Punjab Mental Hospital Lahore 1932-46 - 1932-1946
Year: 1932
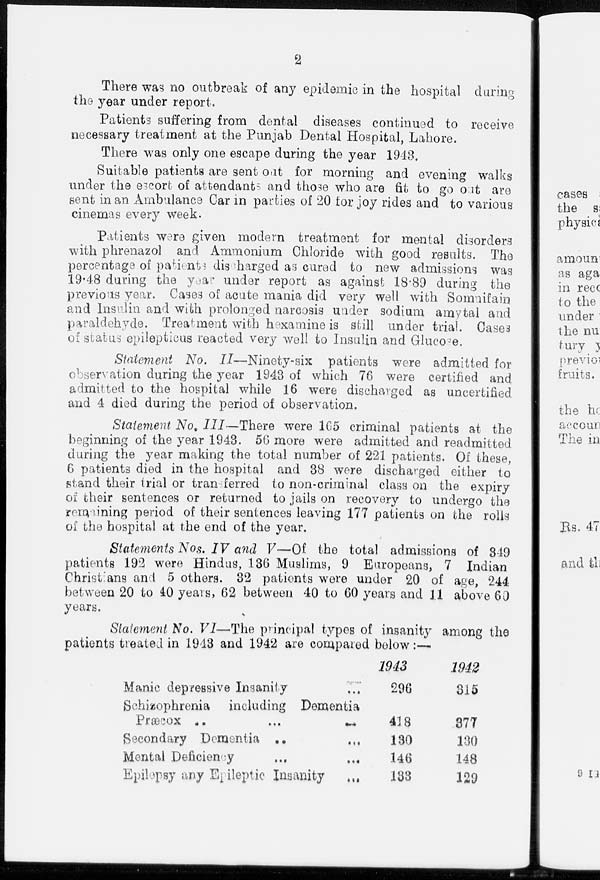
2
There was no outbreak of any epidemic in the hospital during
the year under report.
Patients suffering from dental diseases continued to receive
necessary treatment at the Punjab Dental Hospital, Lahore.
There was only one escape during the year 1943.
Suitable patients are sent out for morning and evening walks
under the escort of attendants and those who are fit to go out are
sent in an Ambulance Car in parties of 20 for joy rides and to various
cinemas every week.
Patients were given modern treatment for mental disorders
with phrenazol and Ammonium Chloride with good results. The
percentage of patients discharged as cured to new admissions was
19.48 during the year under report as against 18.89 during the
previous year. Cases of acute mania did very well with Somuifain
and Insulin and with prolonged narcosis under sodium amytal and
paraldehyde. Treatment with hexamine is still under trial. Cases
of status epilepticus reacted very well to Insulin and Glucose.
Statement No. II—Ninety-six
patients were admitted for
observation during the year 1943 of which 76 were certified and
admitted to the hospital while 16 were discharged as uncertified
and 4 died during the period of observation.
Statement No. III—There were 165 criminal patients at the
beginning of the year 1943. 56 more were admitted and readmitted
during the year making the total number of 221 patients. Of these,
6 patients died in the hospital and 38 were discharged either to
stand their trial or transferred to non-criminal class on the expiry
of their sentences or returned to jails on recovery to undergo the
remaining period of their sentences leaving 177 patients on the rolls
of the hospital at the end of the year.
Statements Nos. IV and V—Of the total admissions of 349
patients 192 were Hindus, 136 Muslims, 9 Europeans, 7 Indian
Christians and 5 others. 32 patients were under 20 of age, 244
between 20 to 40 years, 62 between 40 to 60 years and 11 above 60
years.
Statement No. VI—The principal types of insanity among the
patients treated in 1943 and 1942 are compared below:—
Manic depressive Insanity ...
Schizophrenia including Dementia
Præcox ...
... ...
Secondary Dementia ... ...
Mental Deficiency ... ...
Epilepsy any Epileptic Insanity ...
1943
296
418
130
146
133
1942
315
377
130
148
129